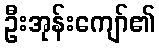
ဦးအုန်းကျော်၏